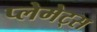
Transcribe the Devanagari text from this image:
प्लेमेट्स